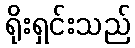
ရိုးရှင်းသည်